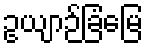
ဥယျာဉ်ခြံမြေ